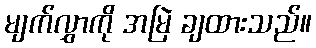
မျက်လွှာကို အမြဲ ချထားသည်။